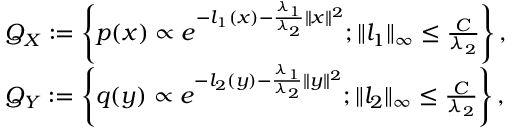
\begin{array} { r l } & { { \cal Q } _ { { \cal X } } : = \left\{ p ( x ) \propto e ^ { - l _ { 1 } ( x ) - \frac { \lambda _ { 1 } } { \lambda _ { 2 } } \| x \| ^ { 2 } } ; \| l _ { 1 } \| _ { \infty } \leq \frac { C } { \lambda _ { 2 } } \right\} , } \\ & { { \cal Q } _ { { \cal Y } } : = \left\{ q ( y ) \propto e ^ { - l _ { 2 } ( y ) - \frac { \lambda _ { 1 } } { \lambda _ { 2 } } \| y \| ^ { 2 } } ; \| l _ { 2 } \| _ { \infty } \leq \frac { C } { \lambda _ { 2 } } \right\} , } \end{array}